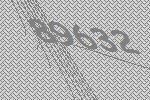
89632